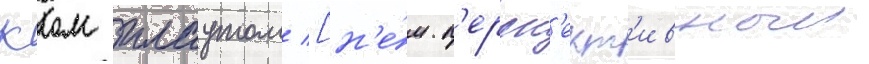
карлом плаутом [н'е́м. п'ерсп'ект'ивныи